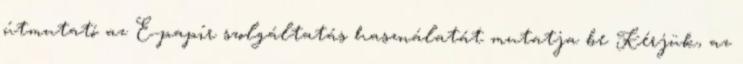
útmutató az E-papír szolgáltatás használatát mutatja be Kérjük, az